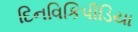
દિનવિકિપીડિયા